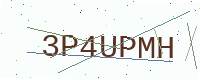
Text: 3P4UPMH